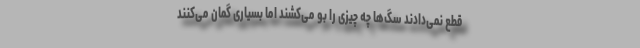
قطع نمی‌دادند سگ‌ها چه چیزی را بو می‌کشند اما بسیاری گمان می‌کنند